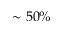
\sim 5 0 \%